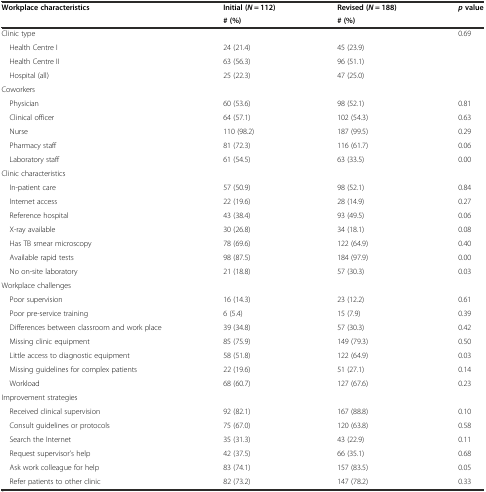
<table><thead><tr><td><b>Workplace characteristics</b></td><td><b>Initial (<i>N</i> = 112)</b></td><td><b>Revised (<i>N</i> = 188)</b></td><td><b><i>p</i>value</b></td></tr><tr><td></td><td><b># (%)</b></td><td><b># (%)</b></td><td></td></tr></thead><tbody><tr><td>Clinic type</td><td></td><td></td><td>0.69</td></tr><tr><td> Health Centre I</td><td>24 (21.4)</td><td>45 (23.9)</td><td></td></tr><tr><td> Health Centre II</td><td>63 (56.3)</td><td>96 (51.1)</td><td></td></tr><tr><td> Hospital (all)</td><td>25 (22.3)</td><td>47 (25.0)</td><td></td></tr><tr><td>Coworkers</td><td></td><td></td><td></td></tr><tr><td> Physician</td><td>60 (53.6)</td><td>98 (52.1)</td><td>0.81</td></tr><tr><td> Clinical officer</td><td>64 (57.1)</td><td>102 (54.3)</td><td>0.63</td></tr><tr><td> Nurse</td><td>110 (98.2)</td><td>187 (99.5)</td><td>0.29</td></tr><tr><td> Pharmacy staff</td><td>81 (72.3)</td><td>116 (61.7)</td><td>0.06</td></tr><tr><td> Laboratory staff</td><td>61 (54.5)</td><td>63 (33.5)</td><td>0.00</td></tr><tr><td>Clinic characteristics</td><td></td><td></td><td></td></tr><tr><td> In-patient care</td><td>57 (50.9)</td><td>98 (52.1)</td><td>0.84</td></tr><tr><td> Internet access</td><td>22 (19.6)</td><td>28 (14.9)</td><td>0.27</td></tr><tr><td> Reference hospital</td><td>43 (38.4)</td><td>93 (49.5)</td><td>0.06</td></tr><tr><td> X-ray available</td><td>30 (26.8)</td><td>34 (18.1)</td><td>0.08</td></tr><tr><td> Has TB smear microscopy</td><td>78 (69.6)</td><td>122 (64.9)</td><td>0.40</td></tr><tr><td> Available rapid tests</td><td>98 (87.5)</td><td>184 (97.9)</td><td>0.00</td></tr><tr><td> No on-site laboratory</td><td>21 (18.8)</td><td>57 (30.3)</td><td>0.03</td></tr><tr><td>Workplace challenges</td><td></td><td></td><td></td></tr><tr><td> Poor supervision</td><td>16 (14.3)</td><td>23 (12.2)</td><td>0.61</td></tr><tr><td> Poor pre-service training</td><td>6 (5.4)</td><td>15 (7.9)</td><td>0.39</td></tr><tr><td> Differences between classroom and work place</td><td>39 (34.8)</td><td>57 (30.3)</td><td>0.42</td></tr><tr><td> Missing clinic equipment</td><td>85 (75.9)</td><td>149 (79.3)</td><td>0.50</td></tr><tr><td> Little access to diagnostic equipment</td><td>58 (51.8)</td><td>122 (64.9)</td><td>0.03</td></tr><tr><td> Missing guidelines for complex patients</td><td>22 (19.6)</td><td>51 (27.1)</td><td>0.14</td></tr><tr><td> Workload</td><td>68 (60.7)</td><td>127 (67.6)</td><td>0.23</td></tr><tr><td>Improvement strategies</td><td></td><td></td><td></td></tr><tr><td> Received clinical supervision</td><td>92 (82.1)</td><td>167 (88.8)</td><td>0.10</td></tr><tr><td> Consult guidelines or protocols</td><td>75 (67.0)</td><td>120 (63.8)</td><td>0.58</td></tr><tr><td> Search the Internet</td><td>35 (31.3)</td><td>43 (22.9)</td><td>0.11</td></tr><tr><td> Request supervisor’s help</td><td>42 (37.5)</td><td>66 (35.1)</td><td>0.68</td></tr><tr><td> Ask work colleague for help</td><td>83 (74.1)</td><td>157 (83.5)</td><td>0.05</td></tr><tr><td> Refer patients to other clinic</td><td>82 (73.2)</td><td>147 (78.2)</td><td>0.33</td></tr></tbody></table>